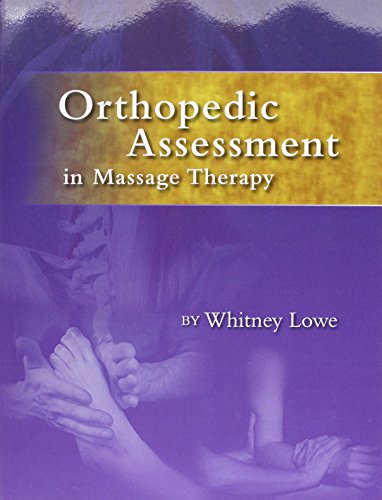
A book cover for Orthopedic Assessment in Massage Therapy; Whitney Lowe; Health, Fitness & Dieting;